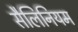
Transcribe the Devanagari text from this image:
सैलिनियम